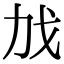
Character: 𫻧